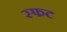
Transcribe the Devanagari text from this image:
स्फट